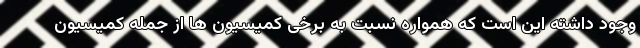
وجود داشته این است که همواره نسبت به برخی کمیسیون ها از جمله کمیسیون